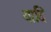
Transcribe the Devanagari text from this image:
यादि